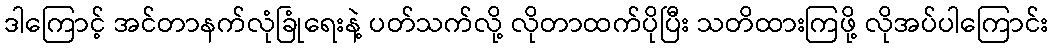
ဒါကြောင့် အင်တာနက်လုံခြုံရေးနဲ့ ပတ်သက်လို့ လိုတာထက်ပိုပြီး သတိထားကြဖို့ လိုအပ်ပါကြောင်း